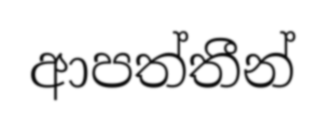
ආපත්තීන්